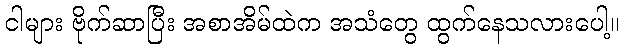
ငါများ ဗိုက်ဆာပြီး အစာအိမ်ထဲက အသံတွေ ထွက်နေသလားပေါ့။